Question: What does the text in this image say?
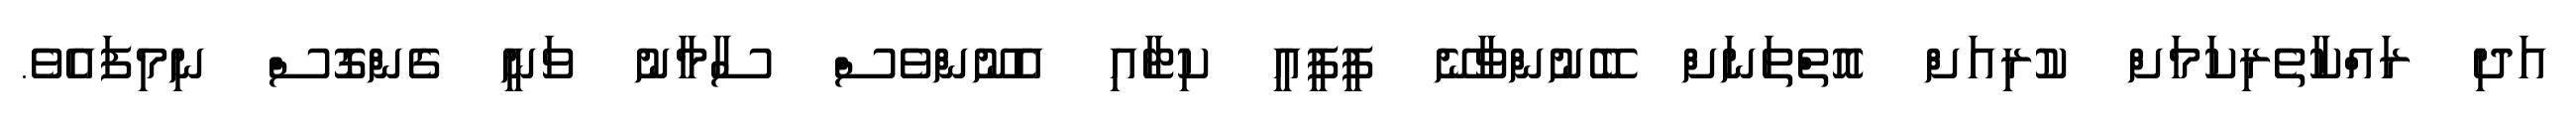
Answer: އަދި ރައްކާތެރިކަމަށް ކުރިއަށް އޮތްތަނަށް ބޭނުންވާނޭ ޕީޕީއީ ކިޓާއި އެނޫންވެސް ސާމާނު ވަނީ ގެންގޮސް ނިމިފައެވެ.